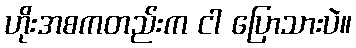
ဟိုးအစကတည်းက ငါ ပြောသားပဲ။